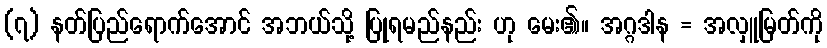
(၇) နတ်ပြည်ရောက်အောင် အဘယ်သို့ ပြုရမည်နည်း ဟု မေး၏။ အဂ္ဂဒါန = အလှူမြတ်ကို